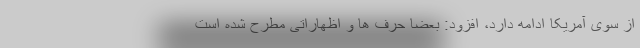
از سوی آمریکا ادامه دارد، افزود: بعضا حرف ها و اظهاراتی مطرح شده است